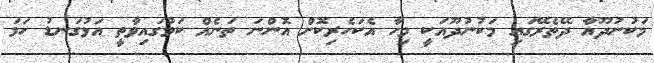
މަކުނުދޫއާ ދޭތެރޭގައި މަކުނުދޫއަކީ މިހާ އެކަހެރިކޮށް އޮންނަ ތަނެއް ކަމުގައިވާތީ އަޅުގަނޑު ހަމަ